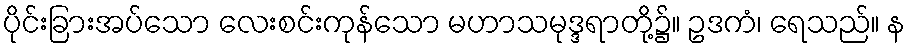
ပိုင်းခြားအပ်သော လေးစင်းကုန်သော မဟာသမုဒ္ဒရာတို့၌။ ဥဒကံ၊ ရေသည်။ န